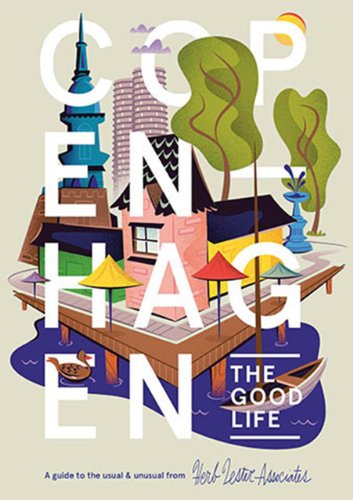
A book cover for Copenhagen: The Good Life: A Guide to the Usual & Unusual; Travel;